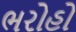
ભરોહો